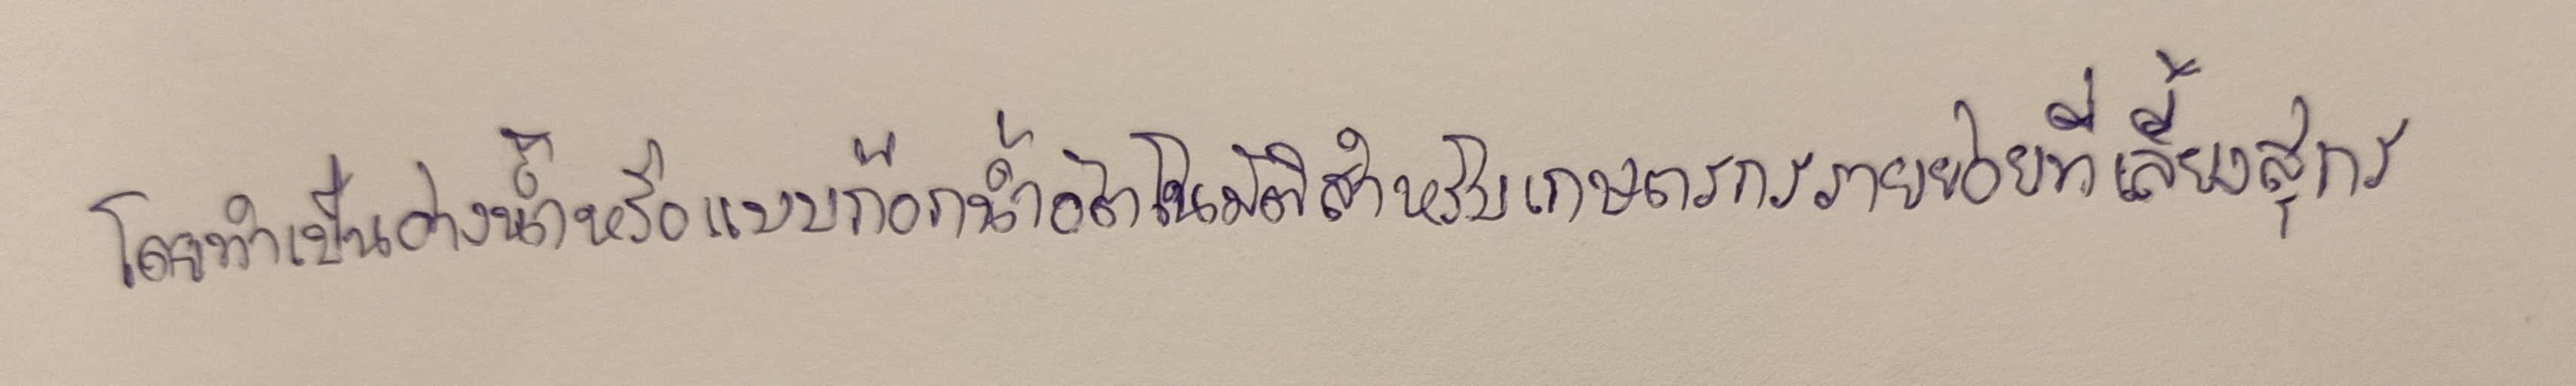
โดยทำเป็นอ่างน้ำหรือแบบก๊อกน้ำอัตโนมัติสำหรับเกษตรกรรายย่อยที่เลี้ยงสุกร